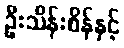
ဦးသိန်းစိန်နှင့်